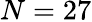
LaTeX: N=27